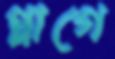
প্লাগে